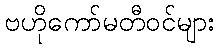
ဗဟိုကော်မတီဝင်များ